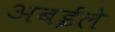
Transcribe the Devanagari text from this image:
अबईले